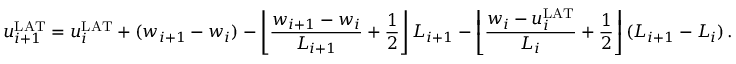
u _ { i + 1 } ^ { \mathrm { L A T } } = u _ { i } ^ { \mathrm { L A T } } + ( w _ { i + 1 } - w _ { i } ) - \left\lfloor \frac { w _ { i + 1 } - w _ { i } } { L _ { i + 1 } } + \frac { 1 } { 2 } \right\rfloor L _ { i + 1 } - \left\lfloor \frac { w _ { i } - u _ { i } ^ { \mathrm { L A T } } } { L _ { i } } + \frac { 1 } { 2 } \right\rfloor ( L _ { i + 1 } - L _ { i } ) \, .